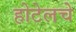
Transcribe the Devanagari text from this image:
होटेलचे